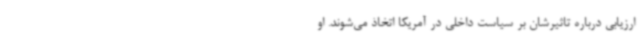
ارزیابی درباره تاثیرشان بر سیاست داخلی در آمریکا اتخاذ می‌شوند. او